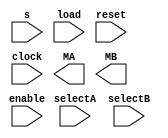
module register_file (s, enable, load, reset, clock, selectA, selectB, MA, MB);
input [0:4] s;
input enable, load, reset, clock;
input [0:4] selectA;
input [0:4] selectB;
output reg [0:31] MA, MB;
endmodule

module decoder(s,enable,I);
input [0:4] s;
input enable;
output reg [0:31] I;

always @(s or enable)
begin
	if (enable == 0)
		I = 32'b00000000000000000000000000000000;
		
	else
		case(s)
			5'b00000: I = 32'b00000000000000000000000000000001;
			5'b00001: I = 32'b00000000000000000000000000000010;
			5'b00010: I = 32'b00000000000000000000000000000100;
			5'b00011: I = 32'b00000000000000000000000000001000;
			5'b00100: I = 32'b00000000000000000000000000010000;
			5'b00101: I = 32'b00000000000000000000000000100000;
			5'b00110: I = 32'b00000000000000000000000001000000;
			5'b00111: I = 32'b00000000000000000000000010000000;
			5'b01000: I = 32'b00000000000000000000000100000000;
			5'b01001: I = 32'b00000000000000000000001000000000;
			5'b01010: I = 32'b00000000000000000000010000000000;
			5'b01011: I = 32'b00000000000000000000100000000000;
			5'b01100: I = 32'b00000000000000000001000000000000;
			5'b01101: I = 32'b00000000000000000010000000000000;
			5'b01110: I = 32'b00000000000000000100000000000000;
			5'b01111: I = 32'b00000000000000001000000000000000;
			5'b10000: I = 32'b00000000000000010000000000000000;
			5'b10001: I = 32'b00000000000000100000000000000000;
			5'b10010: I = 32'b00000000000001000000000000000000; 
			5'b10011: I = 32'b00000000000010000000000000000000;
			5'b10100: I = 32'b00000000000100000000000000000000;
			5'b10101: I = 32'b00000000001000000000000000000000;
			5'b10110: I = 32'b00000000010000000000000000000000;
			5'b10111: I = 32'b00000000100000000000000000000000;
			5'b11000: I = 32'b00000001000000000000000000000000;
			5'b11001: I = 32'b00000010000000000000000000000000;
			5'b11010: I = 32'b00000100000000000000000000000000;
			5'b11011: I = 32'b00001000000000000000000000000000;
			5'b11100: I = 32'b00010000000000000000000000000000;
			5'b11101: I = 32'b00100000000000000000000000000000;
			5'b11110: I = 32'b01000000000000000000000000000000;
			5'b11111: I = 32'b10000000000000000000000000000000;
		default I = 32'bxxxxxxxxxxxxxxxxxxxxxxxxxxxxxxxx;
		endcase
	end
endmodule

module register(I,clock,reset,load,O);
input [0:31] I;
input load;
input clock;
input reset;
output reg [0:31] O;

always @(posedge clock)
begin
	if (reset == 1)
		O <= 0;
	else
	if (load == 1)
		O <= I;
		end
endmodule

module muxA(O0,O1,O2,O3,O4,O5,O6,O7,O8,O9,O10,O11,O12,O13,O14,O15,O16,O17,O18,O19,O20,O21,O22,O23,O24,O25,O26,O27,O28,O29,O30,O31,selectA,MA);

parameter N=32;
input [N-1:0] O0,O1,O2,O3,O4,O5,O6,O7,O8,O9,O10,O11,O12,O13,O14,O15,O16,O17,O18,O19,O20,O21,O22,O23,O24,O25,O26,O27,O28,O29,O30,O31;
input [0:4] selectA;
output reg [N-1:0] MA;


always @(O0,O1,O2,O3,O4,O5,O6,O7,O8,O9,O10,O11,O12,O13,O14,O15,O16,O17,O18,O19,O20,O21,O22,O23,O24,O25,O26,O27,O28,O29,O30,O31 or selectA)
begin
	case(selectA)
		5'b00000: MA = O0;
		5'b00001: MA = O1;
		5'b00010: MA = O2;
		5'b00011: MA = O3;
		5'b00100: MA = O4;
		5'b00101: MA = O5;
		5'b00110: MA = O6;
		5'b00111: MA = O7;
		5'b01000: MA = O8;
		5'b01001: MA = O9;
		5'b01010: MA = O10;
		5'b01011: MA = O11;
		5'b01100: MA = O12;
		5'b01101: MA = O13;
		5'b01110: MA = O14;
		5'b01111: MA = O15;
		5'b10000: MA = O16;
		5'b10001: MA = O17;
		5'b10010: MA = O18;
		5'b10011: MA = O19;
		5'b10100: MA = O20;
		5'b10101: MA = O21;
		5'b10110: MA = O22;
		5'b10111: MA = O23;
		5'b11000: MA = O24;
		5'b11001: MA = O25;
		5'b11010: MA = O26;
		5'b11011: MA = O27;
		5'b11100: MA = O28;
		5'b11101: MA = O29;
		5'b11110: MA = O30;
		5'b11111: MA = O31;
		default MA = 1'bx;
	endcase
	end
endmodule

module muxB(O0,O1,O2,O3,O4,O5,O6,O7,O8,O9,O10,O11,O12,O13,O14,O15,O16,O17,O18,O19,O20,O21,O22,O23,O24,O25,O26,O27,O28,O29,O30,O31,selectB,MB);

parameter N=32;
input [N-1:0] O0,O1,O2,O3,O4,O5,O6,O7,O8,O9,O10,O11,O12,O13,O14,O15,O16,O17,O18,O19,O20,O21,O22,O23,O24,O25,O26,O27,O28,O29,O30,O31;
input [0:4] selectB;
output reg [N-1:0] MB;


always @(O0,O1,O2,O3,O4,O5,O6,O7,O8,O9,O10,O11,O12,O13,O14,O15,O16,O17,O18,O19,O20,O21,O22,O23,O24,O25,O26,O27,O28,O29,O30,O31 or selectB)
begin
	case(selectB)
		5'b00000: MB = O0;
		5'b00001: MB = O1;
		5'b00010: MB = O2;
		5'b00011: MB = O3;
		5'b00100: MB = O4;
		5'b00101: MB = O5;
		5'b00110: MB = O6;
		5'b00111: MB = O7;
		5'b01000: MB = O8;
		5'b01001: MB = O9;
		5'b01010: MB = O10;
		5'b01011: MB = O11;
		5'b01100: MB = O12;
		5'b01101: MB = O13;
		5'b01110: MB = O14;
		5'b01111: MB = O15;
		5'b10000: MB = O16;
		5'b10001: MB = O17;
		5'b10010: MB = O18;
		5'b10011: MB = O19;
		5'b10100: MB = O20;
		5'b10101: MB = O21;
		5'b10110: MB = O22;
		5'b10111: MB = O23;
		5'b11000: MB = O24;
		5'b11001: MB = O25;
		5'b11010: MB = O26;
		5'b11011: MB = O27;
		5'b11100: MB = O28;
		5'b11101: MB = O29;
		5'b11110: MB = O30;
		5'b11111: MB = O31;
		default MB = 1'bx;
	endcase
	end
endmodule